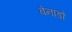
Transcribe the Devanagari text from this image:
वेनाडो